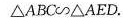
△AED∽△AED.